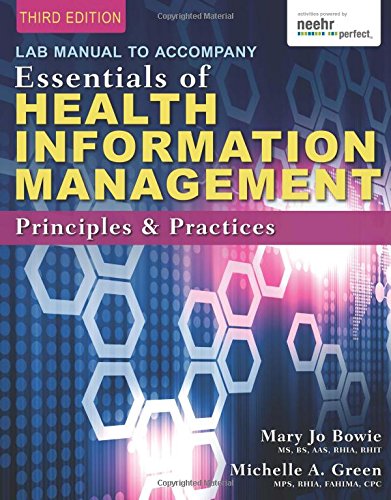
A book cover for Lab Manual for Green/Bowie's Essentials of Health Information Management: Principles and Practices, 3rd; Mary Jo Bowie; Medical Books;